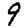
Digit: 9